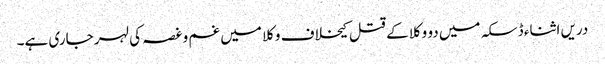
دریں اثناء ڈسکہ میں دو وکلا کے قتل کیخلاف وکلا میں غم و غصہ کی لہر جاری ہے۔